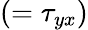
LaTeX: (=\tau_{yx})